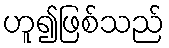
ဟူ၍ဖြစ်သည်